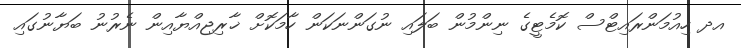
އދ ހިއުމަންރައިޓްސް ކޮމެޓީގެ ނިންމުން ބަލައި ނުގަންނަކަން ހާމަކޮށް ޚާރިޖިއްޔާއިން ނެރުނު ބަޔާނުގައި